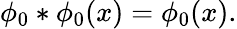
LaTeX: \phi_{0}*\phi_{0}(x)=\phi_{0}(x).